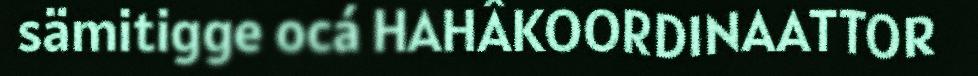
sämitigge ocá HAHÂKOORDINAATTOR